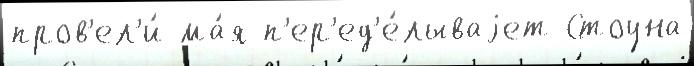
пров'ел'и́ ма́я п'ер'ед'е́лываjет Стоуна